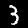
Digit: 3